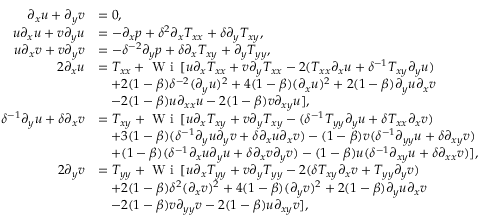
\begin{array} { r l } { \partial _ { x } u + \partial _ { y } v } & { = 0 , } \\ { u \partial _ { x } u + v \partial _ { y } u } & { = - \partial _ { x } p + \delta ^ { 2 } \partial _ { x } T _ { x x } + \delta \partial _ { y } T _ { x y } , } \\ { u \partial _ { x } v + v \partial _ { y } v } & { = - \delta ^ { - 2 } \partial _ { y } p + \delta \partial _ { x } T _ { x y } + \partial _ { y } T _ { y y } , } \\ { 2 \partial _ { x } u } & { = T _ { x x } + \textrm { W i } \, [ u \partial _ { x } T _ { x x } + v \partial _ { y } T _ { x x } - 2 ( T _ { x x } \partial _ { x } u + \delta ^ { - 1 } T _ { x y } \partial _ { y } u ) } \\ & { \quad + 2 ( 1 - \beta ) \delta ^ { - 2 } ( \partial _ { y } u ) ^ { 2 } + 4 ( 1 - \beta ) ( \partial _ { x } u ) ^ { 2 } + 2 ( 1 - \beta ) \partial _ { y } u \partial _ { x } v } \\ & { \quad - 2 ( 1 - \beta ) u \partial _ { x x } u - 2 ( 1 - \beta ) v \partial _ { x y } u ] , } \\ { \delta ^ { - 1 } \partial _ { y } u + \delta \partial _ { x } v } & { = T _ { x y } + \textrm { W i } \, [ u \partial _ { x } T _ { x y } + v \partial _ { y } T _ { x y } - ( \delta ^ { - 1 } T _ { y y } \partial _ { y } u + \delta T _ { x x } \partial _ { x } v ) } \\ & { \quad + 3 ( 1 - \beta ) ( \delta ^ { - 1 } \partial _ { y } u \partial _ { y } v + \delta \partial _ { x } u \partial _ { x } v ) - ( 1 - \beta ) v ( \delta ^ { - 1 } \partial _ { y y } u + \delta \partial _ { x y } v ) } \\ & { \quad + ( 1 - \beta ) ( \delta ^ { - 1 } \partial _ { x } u \partial _ { y } u + \delta \partial _ { x } v \partial _ { y } v ) - ( 1 - \beta ) u ( \delta ^ { - 1 } \partial _ { x y } u + \delta \partial _ { x x } v ) ] , } \\ { 2 \partial _ { y } v } & { = T _ { y y } + \textrm { W i } \, [ u \partial _ { x } T _ { y y } + v \partial _ { y } T _ { y y } - 2 ( \delta T _ { x y } \partial _ { x } v + T _ { y y } \partial _ { y } v ) } \\ & { \quad + 2 ( 1 - \beta ) \delta ^ { 2 } ( \partial _ { x } v ) ^ { 2 } + 4 ( 1 - \beta ) ( \partial _ { y } v ) ^ { 2 } + 2 ( 1 - \beta ) \partial _ { y } u \partial _ { x } v } \\ & { \quad - 2 ( 1 - \beta ) v \partial _ { y y } v - 2 ( 1 - \beta ) u \partial _ { x y } v ] , } \end{array}